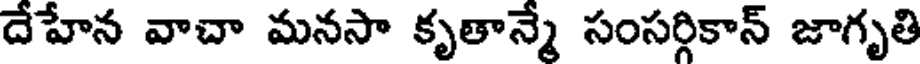
దేహేన వాచా మనసా కృతాన్మే సంసర్గికాన్ జాగృతి